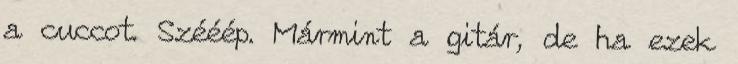
a cuccot. Szééép. Mármint a gitár, de ha ezek